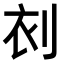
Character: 𠜆